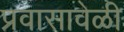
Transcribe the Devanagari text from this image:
प्रवासावेळी